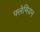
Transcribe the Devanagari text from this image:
फ्लेमियन